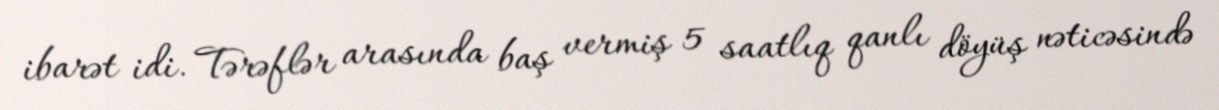
ibarət idi. Tərəflər arasında baş vermiş 5 saatlıq qanlı döyüş nəticəsində